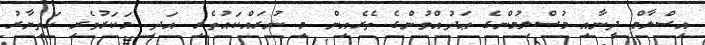
އިސްލާމް ދީނާއި މުސްލިމުންގެ ޢަދުއްވުންގެ ތެރެއިން މި ނުރައްކައުތެރި އަދި މަކަރުވެރި ހަތިޔާރު